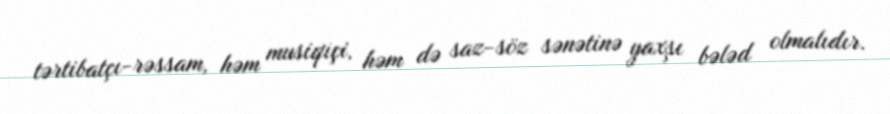
tərtibatçı-rəssam, həm musiqiçi, həm də saz-söz sənətinə yaxşı bələd olmalıdır.